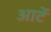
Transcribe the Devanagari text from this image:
आटें